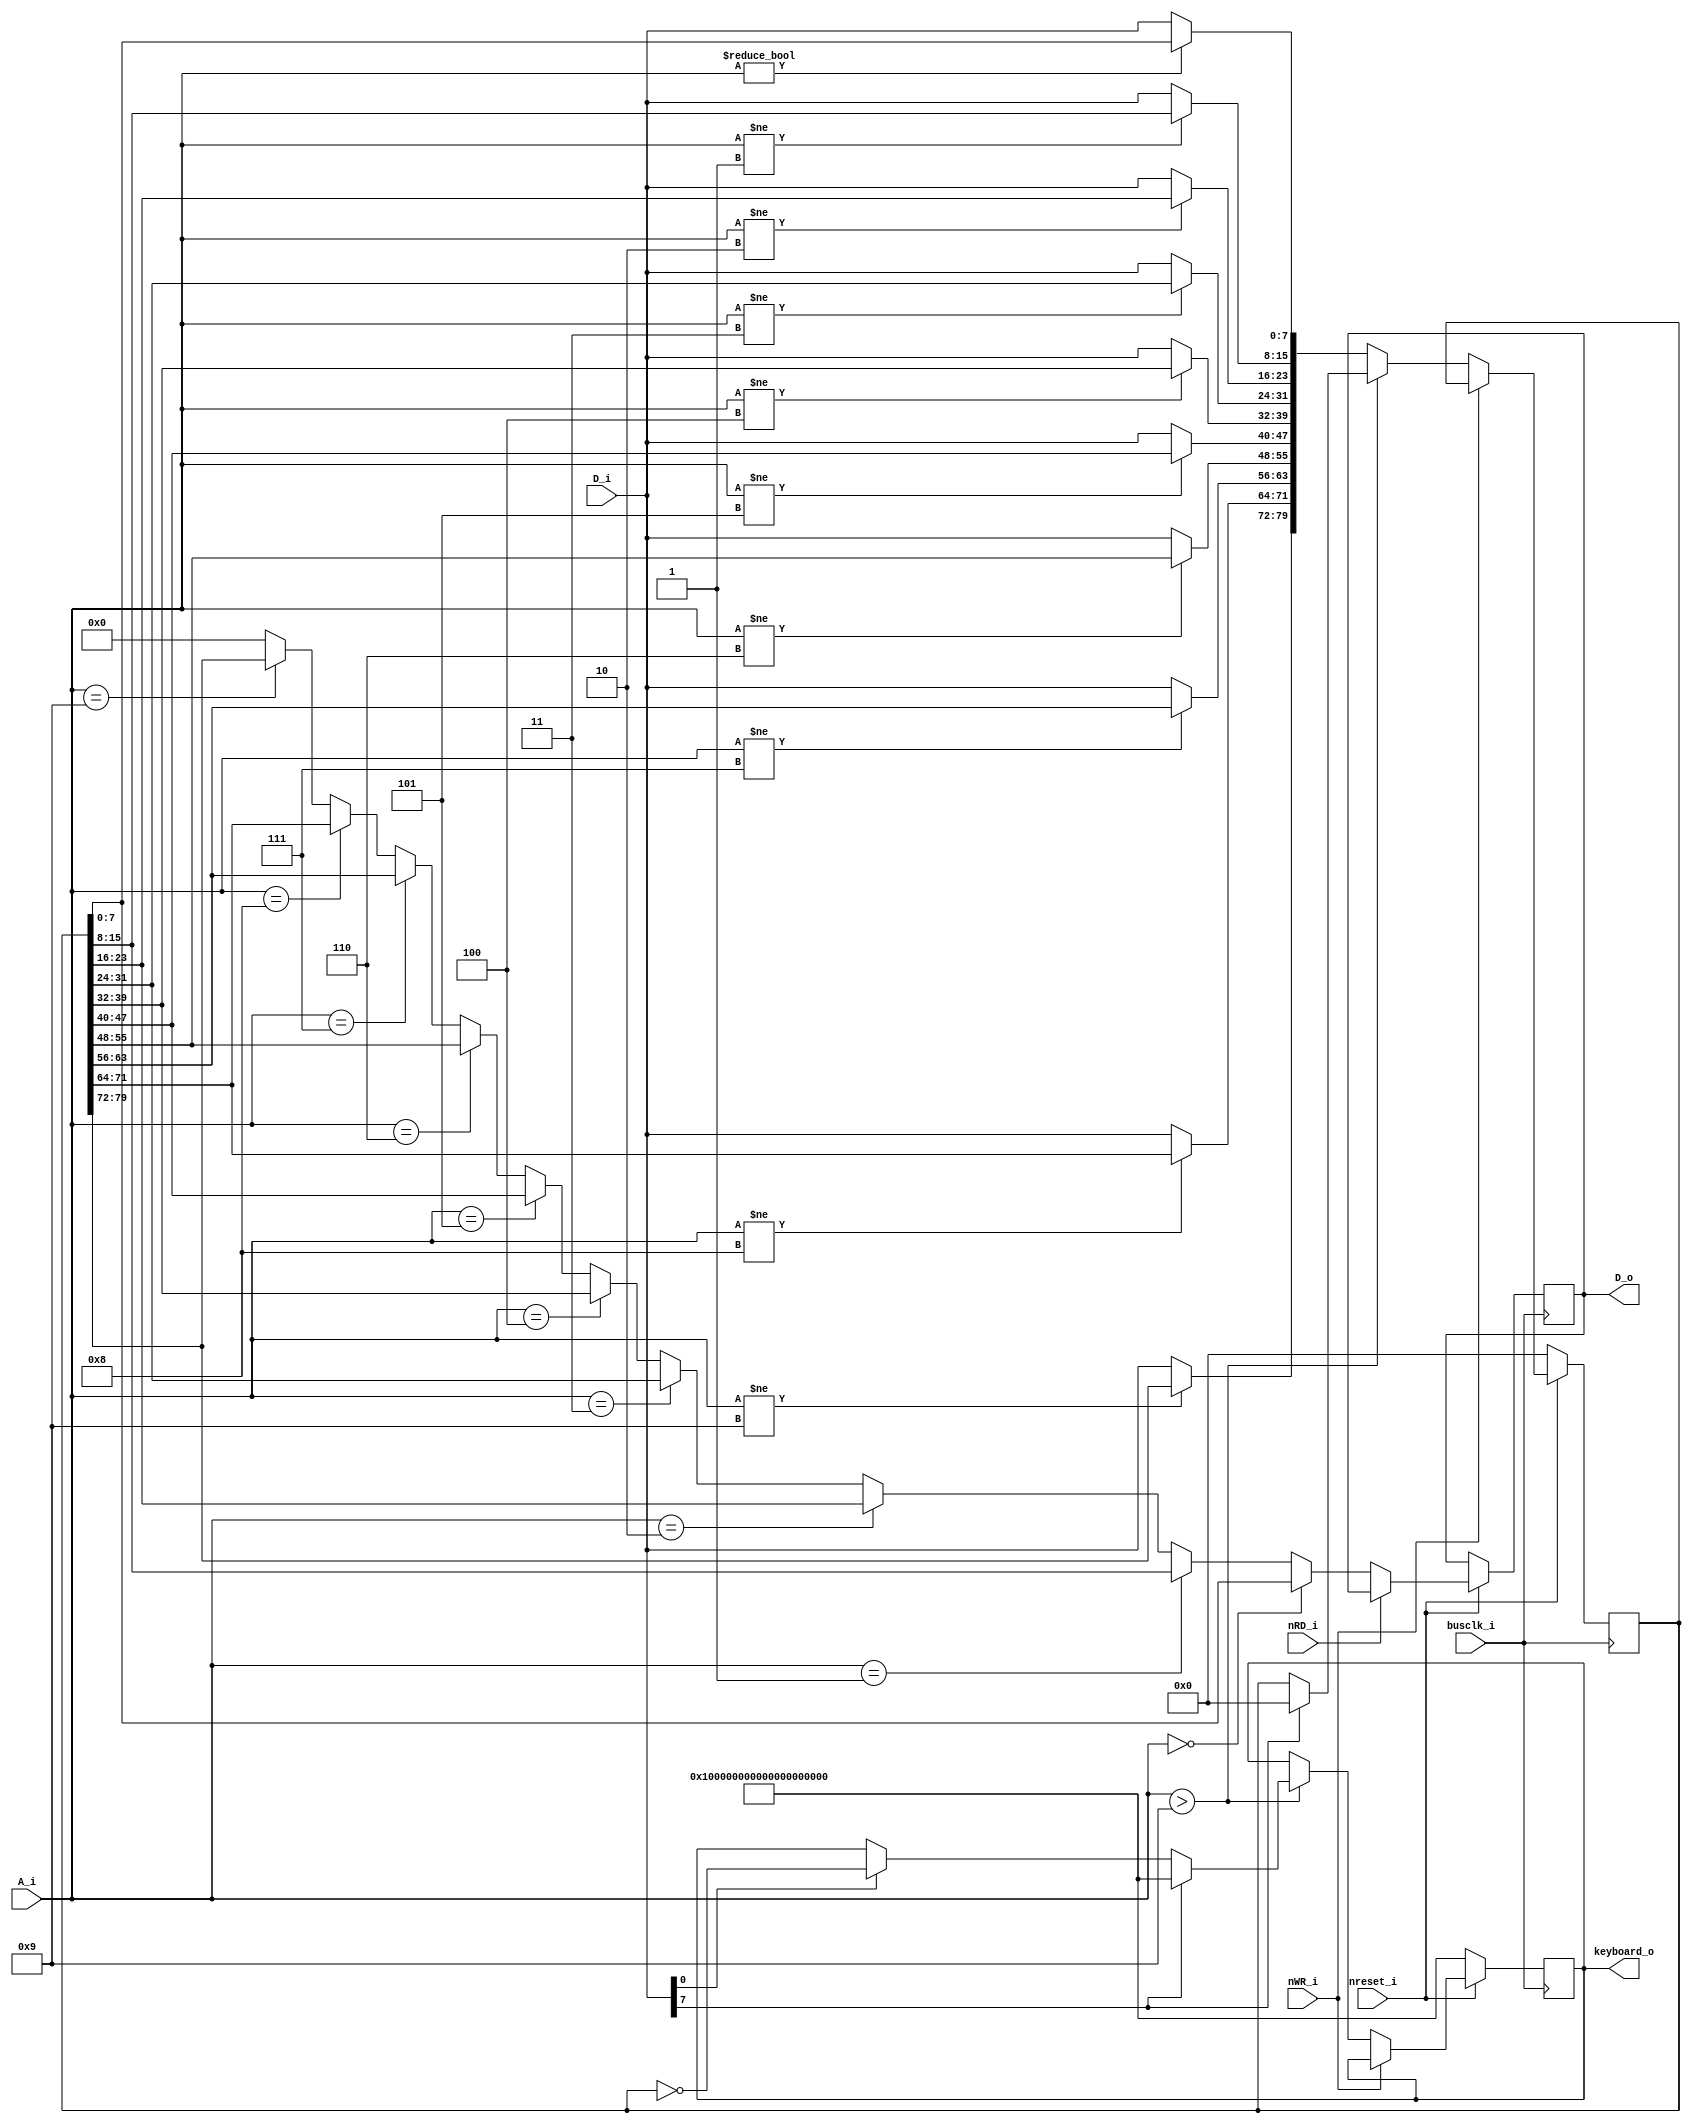
module keyboard ( 
	output reg [79:0] keyboard_o,
	// Bus signals
	input busclk_i,	// Clock for bus signals
	input nreset_i,
	input [3:0] A_i,	// 10x8-bit registers, representing the 80 keys
	input [7:0] D_i,
	output reg [7:0] D_o,
	input nWR_i,
	input nRD_i	
	);

	// Wire definitions ===========================================================================

	// Registers ==================================================================================
	reg [79:0] keyboard;
	
	// Assignments ================================================================================
	
	// Module connections =========================================================================
	
	// Simulation branches and control ============================================================
	
	// Other logic ================================================================================
	always @(posedge busclk_i)
	begin
		if( !nreset_i ) begin
			keyboard <= 80'd0;
			keyboard_o <= ~(80'd0);
		end
		else begin
			if( !nRD_i ) begin
				D_o <= 	(A_i == 4'd0) ? keyboard[7:0] :
							(A_i == 4'd1) ? keyboard[15:8] :
							(A_i == 4'd2) ? keyboard[23:16] :
							(A_i == 4'd3) ? keyboard[31:24] :
							(A_i == 4'd4) ? keyboard[39:32] :
							(A_i == 4'd5) ? keyboard[47:40] :
							(A_i == 4'd6) ? keyboard[55:48] :
							(A_i == 4'd7) ? keyboard[63:56] :
							(A_i == 4'd8) ? keyboard[71:64] :
							(A_i == 4'd9) ? keyboard[79:72] : 
							8'd0;
			end
			if( !nWR_i ) begin
				if( A_i > 4'd9 ) begin		// Writing to other ports is the control reg
					if( D_i[7] ) begin
						keyboard <= 80'd0;
						keyboard_o = ~(80'd0);
					end
					else
						if( D_i[0] )
							keyboard_o <= ~keyboard;
				end
				else
				keyboard <= {
							(A_i != 4'd9) ? keyboard[79:72] : D_i,
							(A_i != 4'd8) ? keyboard[71:64] : D_i,
							(A_i != 4'd7) ? keyboard[63:56] : D_i,
							(A_i != 4'd6) ? keyboard[55:48] : D_i,
							(A_i != 4'd5) ? keyboard[47:40] : D_i,
							(A_i != 4'd4) ? keyboard[39:32] : D_i,
							(A_i != 4'd3) ? keyboard[31:24] : D_i,
							(A_i != 4'd2) ? keyboard[23:16] : D_i,
							(A_i != 4'd1) ? keyboard[15:8] : D_i,
							(A_i != 4'd0) ? keyboard[7:0] : D_i
									};
			end
		end
	end
endmodule